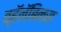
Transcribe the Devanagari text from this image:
व्हॅनॅबिनस